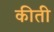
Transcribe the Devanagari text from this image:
कीती